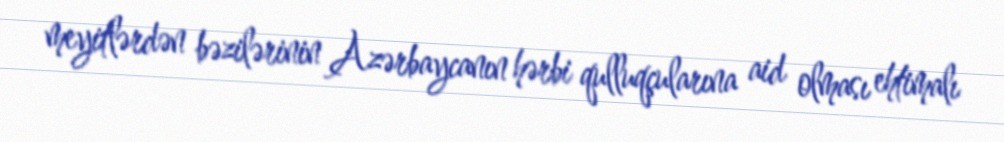
meyitlərdən bəzilərinin Azərbaycanın hərbi qulluqçularına aid olması ehtimalı